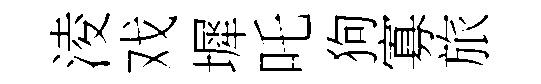
淩戏墀吒狗寡旅